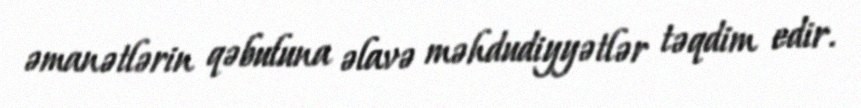
əmanətlərin qəbuluna əlavə məhdudiyyətlər təqdim edir.